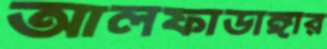
আলফাডাঙ্গার